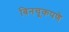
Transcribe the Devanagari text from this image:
बिनचूकपणे